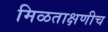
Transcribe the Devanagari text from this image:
मिळताक्षणीच